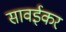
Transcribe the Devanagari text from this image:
सावईकर